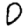
Digit: 0